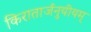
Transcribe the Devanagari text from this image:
किरातार्जनुयीयम्‌